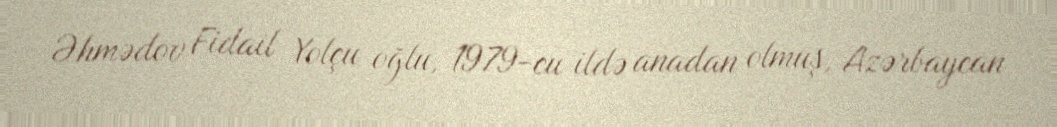
Əhmədov Fidail Yolçu oğlu, 1979-cu ildə anadan olmuş, Azərbaycan